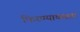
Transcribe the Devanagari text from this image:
फिरण्याकरता